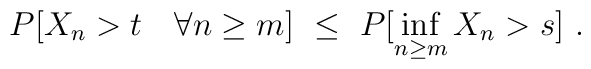
P[X_n>t\quad \forall n\ge m]\ \le\ P[\inf_{n\ge m} X_n >s]\ .